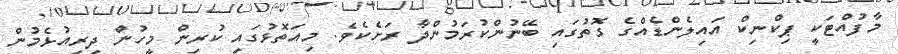
މާފުއްޓަކީ ޕިކްނިކް އައިލެންޑެއްގެ ގޮތުގައި ބޭނުންކުރަމުންދާ ރަށެކެވެ. މިއަތޮޅުގައި ކުރިން މީހުން ދިރިއުޅެމުން